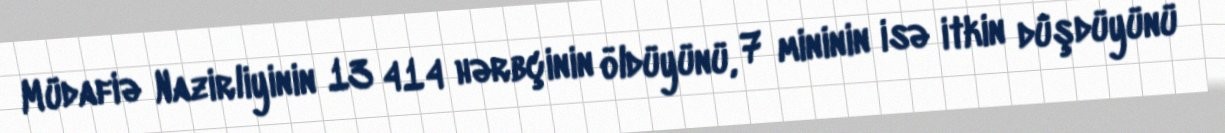
Müdafiə Nazirliyinin 13 414 hərbçinin öldüyünü, 7 mininin isə itkin düşdüyünü